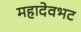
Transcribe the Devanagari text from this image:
महादेवभट